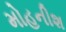
મોહનીશ